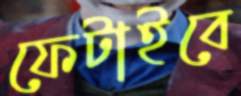
ফেটাইবে